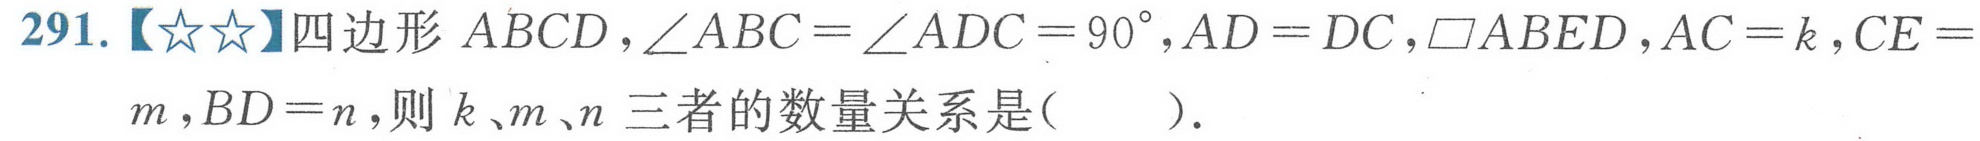
291.【★★】四边形 \(ABCD\)，\(\angle ABC=\angle ADC = 90^{\circ}\)，\(AD = DC\)，\(\parallelogram ABED\)，\(AC = k\)，\(CE = m\)，\(BD = n\)，则 \(k\)、\(m\)、\(n\) 三者的数量关系是(  ).